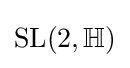
{\text{SL}}(2,\mathbb {H} )